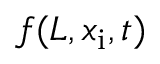
f ( L , x _ { \mathrm { i } } , t )